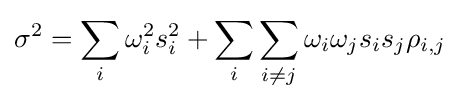
\sigma ^{2}=\sum _{i}\omega _{i}^{2}s_{i}^{2}+\sum _{i}\sum _{i\neq j}\omega _{i}\omega _{j}s_{i}s_{j}\rho _{i,j}